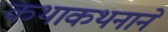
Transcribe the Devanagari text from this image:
कथाकथनाने